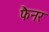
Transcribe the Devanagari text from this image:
फैनर